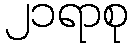
၂၁ရာစု